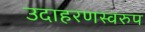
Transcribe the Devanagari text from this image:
उदाहरणस्‍वरुप